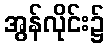
အွန်လိုင်း၌